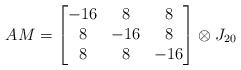
LaTeX: \begin{align*} AM &= \begin{bmatrix} -16&8&8\\ 8&-16&8\\ 8&8&-16\end{bmatrix}\otimes J_{20}\end{align*}